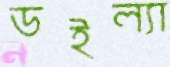
ডইল্যা